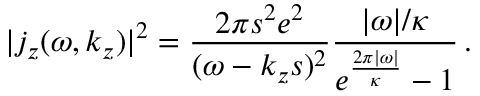
| j _ { z } ( \omega , k _ { z } ) | ^ { 2 } = \frac { 2 \pi s ^ { 2 } e ^ { 2 } } { ( \omega - k _ { z } s ) ^ { 2 } } \frac { | \omega | / \kappa } { e ^ { \frac { 2 \pi | \omega | } { \kappa } } - 1 } \, .